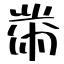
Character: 黹